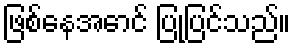
ဖြစ်နေအောင် ပြုပြင်သည်။